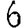
Digit: 6